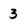
Character: 3